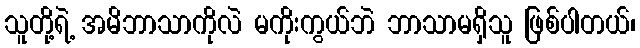
သူတို့ရဲ့ အမိဘာသာကိုလဲ မကိုးကွယ်ဘဲ ဘာသာမရှိသူ ဖြစ်ပါတယ်၊